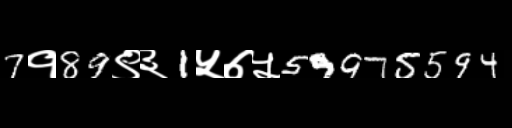
Text: 7१89९३1५७५59975594